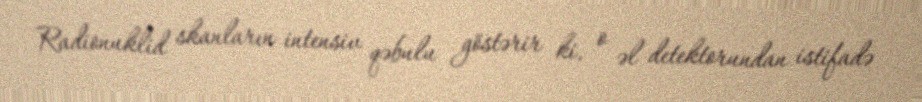
Radionuklid skanların intensiv qəbulu göstərir ki, o əl detektorundan istifadə